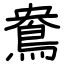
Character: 鴦